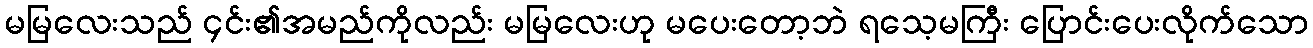
မမြလေးသည် ၄င်း၏အမည်ကိုလည်း မမြလေးဟု မပေးတော့ဘဲ ရသေ့မကြီး ပြောင်းပေးလိုက်သော